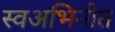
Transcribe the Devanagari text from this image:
स्वअभिनीत